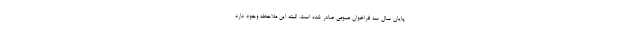
پایان سال سه فراخوان عمومی صادر شده است. البته این ملاحظه وجود دارد